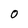
Character: O